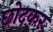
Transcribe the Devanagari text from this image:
छोदकर